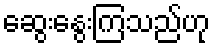
ဆွေးနွေးကြသည်ဟု